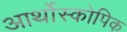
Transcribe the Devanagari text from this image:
आर्थोस्कोपिक